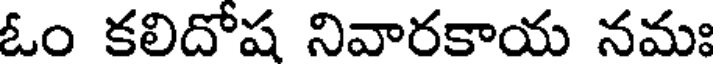
ఓం కలిదోష నివారకాయ నమః